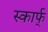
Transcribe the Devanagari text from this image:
स्कार्फ्